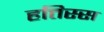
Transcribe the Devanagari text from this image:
हत्तिस्स